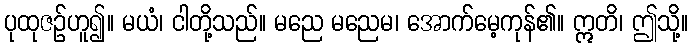
ပုထုဇဉ်ဟူ၍။ မယံ၊ ငါတို့သည်။ မညေ မညေမ၊ အောက်မေ့ကုန်၏။ ဣတိ၊ ဤသို့။